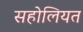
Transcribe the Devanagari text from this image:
सहोलियत